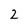
Character: 2